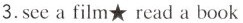
3.sce a film★ read a book